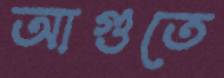
আগুতে